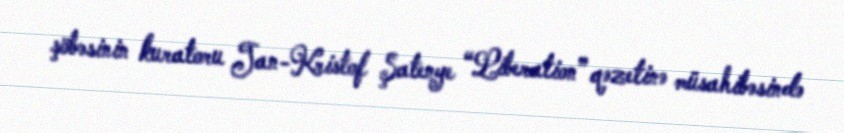
şöbəsinin kuratoru Jan-Kristof Şatenye “Liberation” qəzetinə müsahibəsində